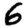
Digit: 6